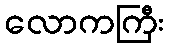
လောကကြီး